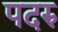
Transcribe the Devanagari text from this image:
पदरु